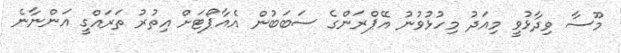
މޫސާ ވިދާޅުވީ މިއަދު މިހުޅުވުނު އޭޕްރަންގެ ސަބަބުން އެއާޕޯޓަށް އިތުރު ތަރައްގީ އަންނާނެ